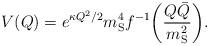
LaTeX: \begin{align*}V(Q) = e^{\kappa Q^2/2}m_{\rm S}^4f^{-1}\biggl(\frac{Q\bar Q}{m_{\rm S}^2}\biggr ).\end{align*}